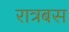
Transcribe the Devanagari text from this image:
रात्रबस